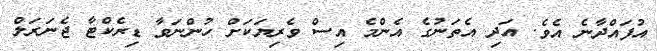
އުފައްދާނެ އެވެ. އަދި އެތަނުގެ އެންމެ އިސް ވެރިޔަކަށް ހުންނަވާ ޑިރެކްޓާ ޖެނަރަލް